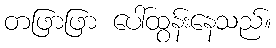
တဖြာဖြာ ပေါ်ထွန်းနေသည်။